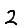
Digit: 2